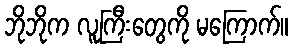
ဘိုဘိုက လူကြီးတွေကို မကြောက်။